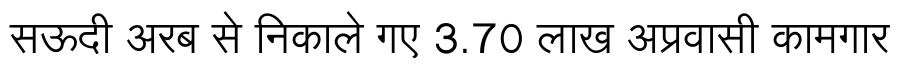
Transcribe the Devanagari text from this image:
सऊदी अरब से निकाले गए 3.70 लाख अप्रवासी कामगार